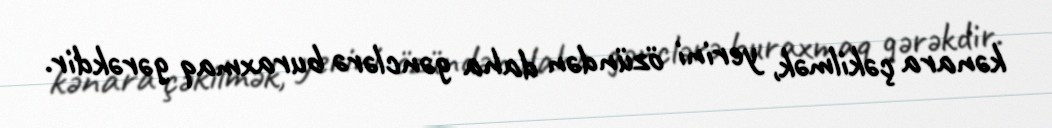
kənara çəkilmək, yerini özündən daha gənclərə buraxmaq gərəkdir.